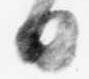
日